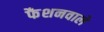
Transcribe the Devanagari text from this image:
फैशनवाले